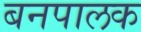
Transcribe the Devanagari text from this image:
बनपालक